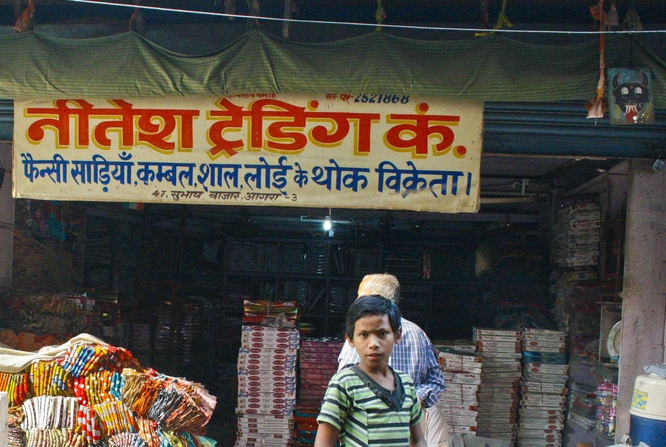
Language: hindi
Transcription: सुभाष विक्रेता। कम्बल, साडियाँ फैन्सी कं. नीतेश थोक के शाल, लोई बाजार,